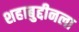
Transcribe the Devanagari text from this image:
शहाबुद्दीनला